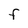
Character: F